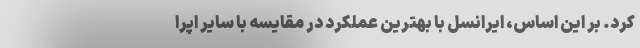
کرد. بر این اساس، ایرانسل با بهترین عملکرد در مقایسه با سایر اپرا